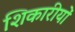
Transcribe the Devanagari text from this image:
शिकारीयों